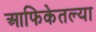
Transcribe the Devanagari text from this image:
आफिकेतल्या